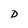
Character: D